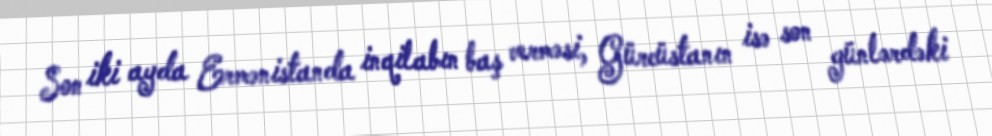
Son iki ayda Ermənistanda inqilabın baş verməsi, Gürcüstanın isə son günlərdəki